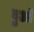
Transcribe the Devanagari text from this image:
बुओं